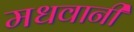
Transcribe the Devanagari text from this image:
मधवानी